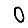
Digit: 0